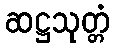
ဆဋ္ဌသုတ္တံ